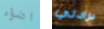
اضواء برادلي